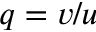
q = v / u